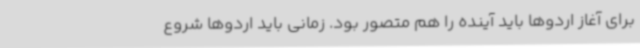
برای آغاز اردوها باید آینده را هم متصور بود. زمانی باید اردوها شروع